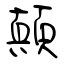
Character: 顛